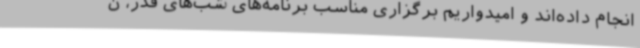
انجام داده‌اند و امیدواریم برگزاری مناسب برنامه‌های شب‌های قدر، ن